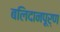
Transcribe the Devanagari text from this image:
बलिदानपूर्ण